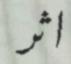
اثر